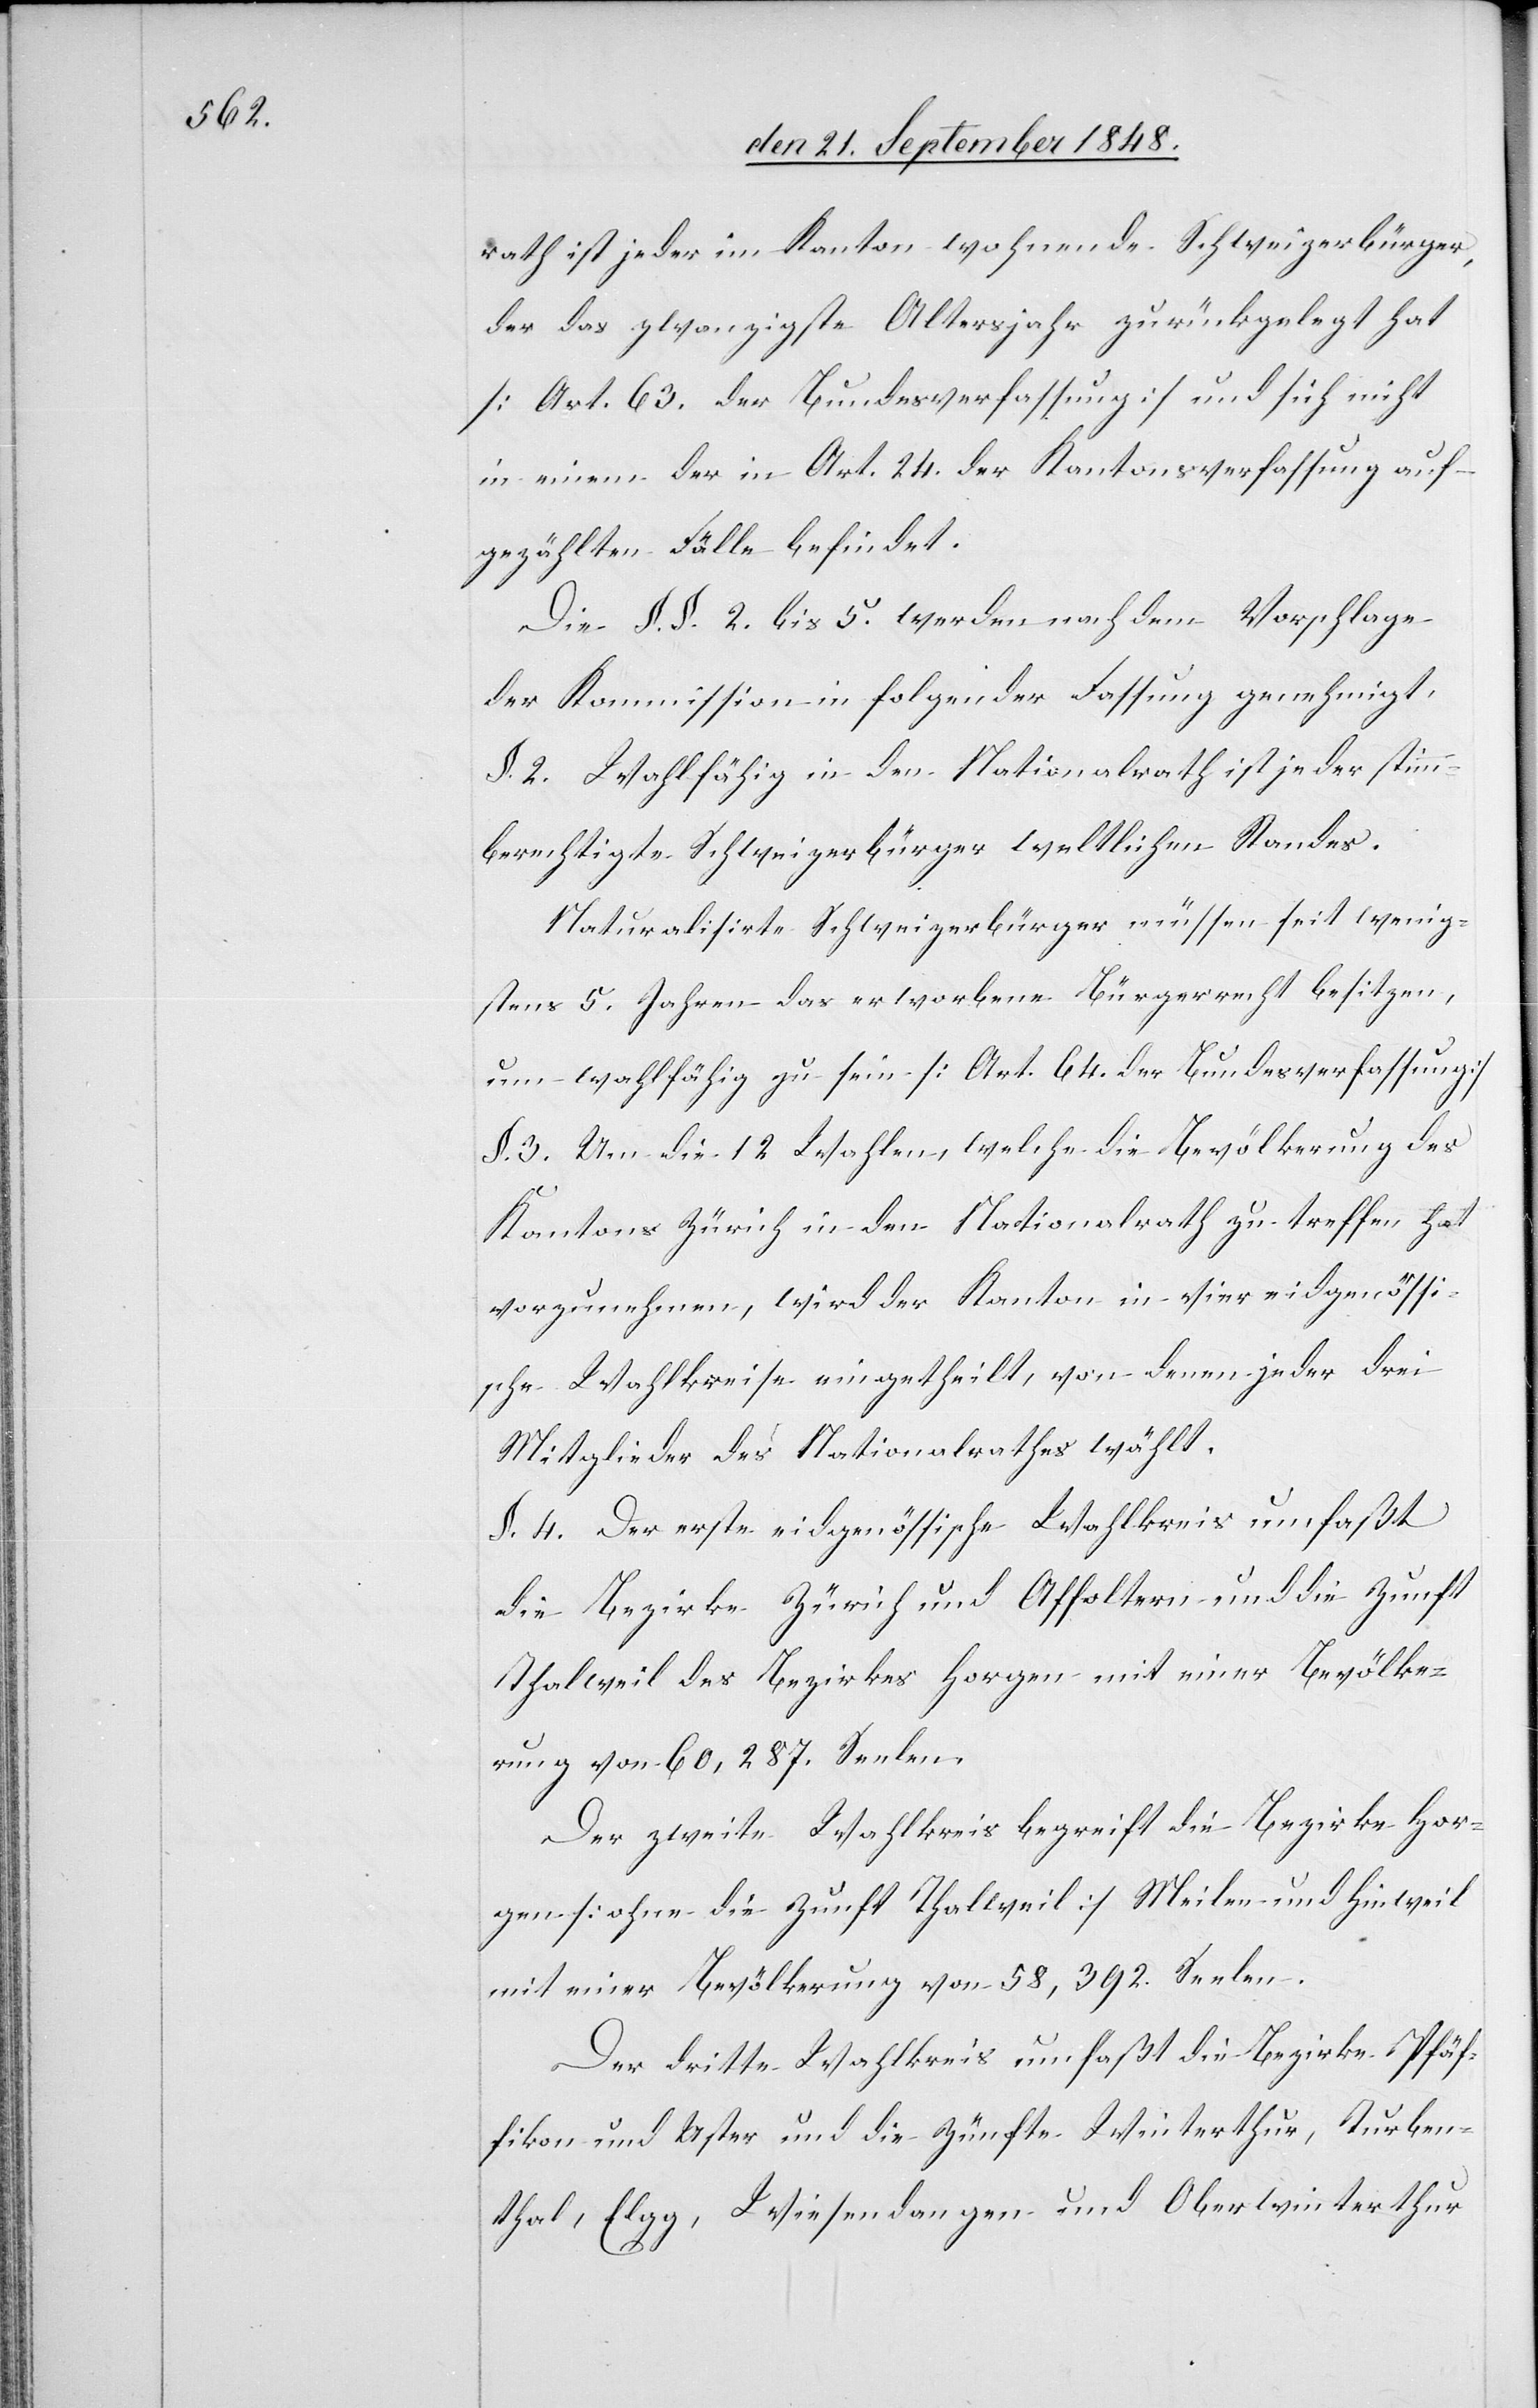
raht ist jeder im Kanton wohnende Schweizerbürger,
der das zwanzigste Altersjahr zurückgelegt hat
[Art. 63. der Bundesverfassung] und sich nicht
in einem der in Art. 24. der Kantonsverfassung auf¬
gezählten Fälle befindet.
Die §§. 2 bis 5. werden nach dem Vorschlage
der Kommission in folgender Fassung genehmigt,
§. 2. Wahlfähig in den Nationalrath ist jeder stimm¬
berechtigte Schweizerbürger weltlichen Standes.
Naturalisirte Schweizerbürger müssen seit wenig¬
stens 5. Jahre das erworbene Bürgerrecht besitzen,
um wahlfähig zu sein [Art. 64. der Bundesverfassung]
§. 3. Um die 12 Wahlen, welche die Bevölkerung des
Kantons Zürich in den Nationalrath zu treffen hat
vorzunehmen, wird der Kanton in vier eidgenössi¬
schen Wahlkreise eingetheilt, von denen jeder drei
Mitglieder des Nationalrathes wählt.
§. 4. Der erste eidgenössische Wahlkreis umfaßt
die Bezirke Zürich und Affoltern und die Zunft
Thalweil des Bezirkes Horgen mit einer Bevölke¬
rung von 60.287. Seelen.
Der zweite Wahlkreis begreift die Bezirke Hor¬
gen [ohne die Zunft Thalweil] Meilen und Hinweil
mit einer Bevölkerung von 58,392. Seelen.
Der dritte Wahlkreis umfaßt die Bezirke Pfäf¬
fikon und Uster und die Zünfte Winterthur, Turben¬
thal, Elgg, Wiesendangen und Oberwinterthur